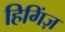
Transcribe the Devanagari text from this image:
हिगिंज़